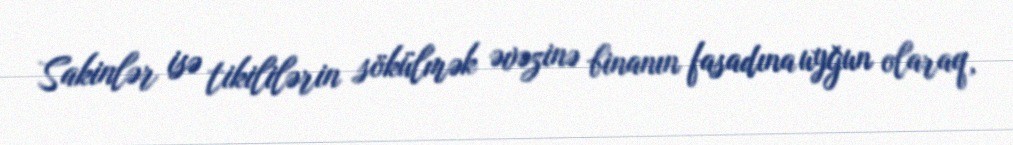
Sakinlər isə tikililərin sökülmək əvəzinə binanın fasadına uyğun olaraq,